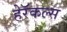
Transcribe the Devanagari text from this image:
हेरॅकल्स